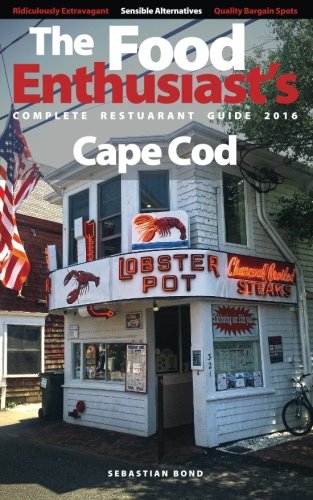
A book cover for Cape Cod - 2016 (The Food Enthusiast's Complete Restaurant Guide); Sebastian Bond; Travel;